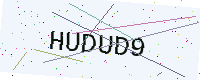
Text: HUDUD9